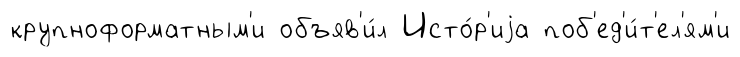
крупноформатным'и объяв'и́л Исто́р'иjа поб'ед'и́т'ел'ям'и